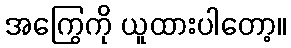
အကြွေကို ယူထားပါတော့။